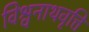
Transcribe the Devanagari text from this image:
विश्वनाथवृत्ति